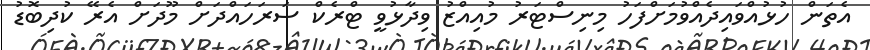
އެތަން ހުޅުއްވައިދެއްވުމަށްފަހު މިނިސްޓަރު މުއިއްޒު ވިދާޅުވީ ޓްރެކް ސަރަހައްދަށް މޫދަށް އެރޭ ކުދިބޮޑު